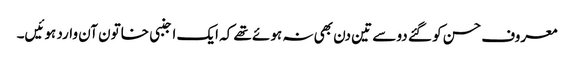
معروف حسن کو گئے دو سے تین دن بھی نہ ہوئے تھے کہ ایک اجنبی خاتون آن وارد ہوئیں۔